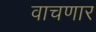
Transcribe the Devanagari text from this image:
वाचणार